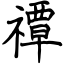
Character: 禫